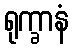
ရုက္ခာနံ